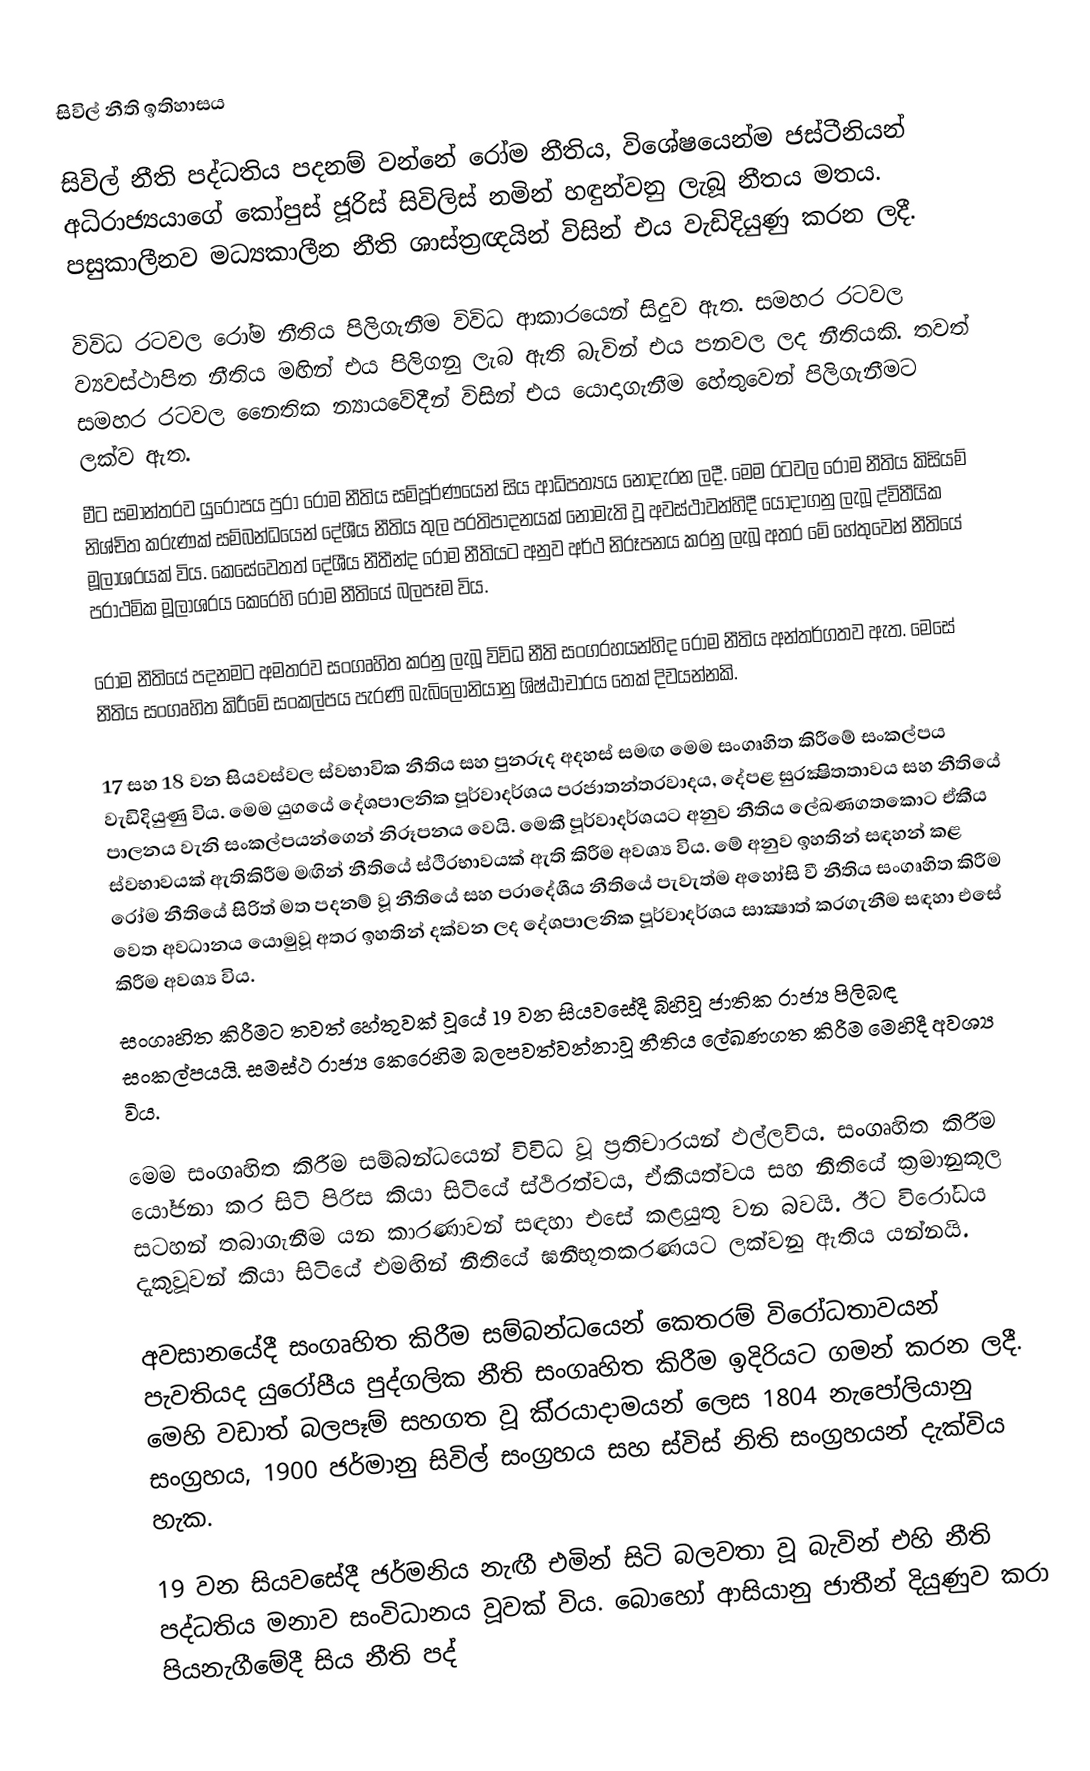
සිවිල් නීති ඉතිහාසය

සිවිල් නීති පද්ධතිය පදනම් වන්නේ රෝම නීතිය, විශේෂයෙන්ම ජස්ටීනියන් අධිරාජ්‍යයාගේ කෝපුස් ජූරිස් සිවිලිස් නමින් හඳුන්වනු ලැබූ නීතය මතය. පසුකාලීනව මධ්‍යකාලීන නීති ශාස්ත‍්‍රඥයින් විසින් එය වැඩිදියුණු කරන ලදී.

විවිධ රටවල රෝම නීතිය පිලිගැනීම විවිධ ආකාරයෙන් සිදුව ඇත. සමහර රටවල ව්‍යවස්ථාපිත නීතිය මඟින් එය පිලිගනු ලැබ ඇති බැවින් එය පනවල ලද නීතියකි. තවත් සමහර රටවල නෛතික න්‍යායවේදීන් විසින් එය යොදාගැනීම හේතුවෙන් පිලිගැනීමට ලක්ව ඇත.
මීට සමාන්තරව යුරෝපය පුරා රෝම නීතිය සම්පූර්ණයෙන් සිය ආධිපත්‍යය නොදැරන ලදී. මෙම රටවල රෝම නීතිය කිසියම් නිශ්චිත කරුණක් සම්බන්ධයෙන් දේශීය නීතිය තුල ප‍්‍රතිපාදනයක් නොමැති වූ අවස්ථාවන්හිදී යොදාගනු ලැබූ ද්විතීයික මූලාශ‍්‍රයක් විය. කෙසේවෙතත් දේශීය නීතීන්ද රෝම නීතියට අනුව අර්ථ නිරූපනය කරනු ලැබූ අතර මේ හේතුවෙන් නීතියේ ප‍්‍රාථමික මූලාශ‍්‍රය කෙරෙහි රෝම නීතියේ බලපෑම විය.

රෝම නීතියේ පදනමට අමතරව සංගෘහිත කරනු ලැබූ විවිධ නීති සංග‍්‍රහයන්හිද රෝම නීතිය අන්තර්ගතව ඇත. මෙසේ නීතිය සංගෘහිත කිරීමේ සංකල්පය පැරණි බැබිලෝනියානු ශිෂ්ඨාචාරය තෙක් දිවයන්නකි.

17 සහ 18 වන සියවස්වල ස්වභාවික නීතිය සහ පුනරුද අදහස් සමඟ මෙම සංගෘහිත කිරීමේ සංකල්පය වැඩිදියුණු විය. මෙම යුගයේ දේශපාලනික පූර්වාදර්ශය ප‍්‍රජාතන්ත‍්‍රවාදය, දේපළ සුරක්‍ෂිතතාවය සහ නීතියේ පාලනය වැනි සංකල්පයන්ගෙන් නිරූපනය වෙයි. මෙකී පූර්වාදර්ශයට අනුව නීතිය ලේඛණගතකොට ඒකීය ස්වභාවයක් ඇතිකිරීම මඟින් නීතියේ ස්ථිරභාවයක් ඇති කිරීම අවශ්‍ය විය. මේ අනුව ඉහතින් සඳහන් කළ රෝම නීතියේ සිරිත් මත පදනම් වූ නීතියේ සහ ප‍්‍රාදේශීය නීතියේ පැවැත්ම අහෝසි වී නීතිය සංගෘහිත කිරීම වෙත අවධානය යොමුවූ අතර ඉහතින් දක්වන ලද දේශපාලනික පූර්වාදර්ශය සාක්‍ෂාත් කරගැනීම සඳහා එසේ කිරීම අවශ්‍ය විය.
සංගෘහිත කිරීමට තවත් හේතුවක් වූයේ 19 වන සියවසේදී බිහිවූ ජාතික රාජ්‍ය පිලිබඳ සංකල්පයයි. සමස්ථ රාජ්‍ය කෙරෙහිම බලපවත්වන්නාවූ නීතිය ලේඛණගත කිරීම මෙහිදී අවශ්‍ය විය.

මෙම සංගෘහිත කිරීම සම්බන්ධයෙන් විවිධ වූ ප‍්‍රතිචාරයන් ඵල්ලවිය. සංගෘහිත කිරීම යෝජනා කර සිටි පිරිස කියා සිටියේ ස්ථිරත්වය, ඒකීයත්වය සහ නීතියේ ක‍්‍රමානුකූල සටහන් තබාගැනීම යන කාරණාවන් සඳහා එසේ කළයුතු වන බවයි. ඊට විරෝධය දැකුවූවන් කියා සිටියේ එමඟින් නීතියේ ඝනීභූතකරණයට ලක්වනු ඇතිය යන්නයි.

අවසානයේදී සංගෘහිත කිරීම සම්බන්ධයෙන් කෙතරම් විරෝධතාවයන් පැවතියද යුරෝපීය පුද්ගලික නීති සංගෘහිත කිරීම ඉදිරියට ගමන් කරන ලදී. මෙහි වඩාත් බලපෑම් සහගත වූ කි‍්‍රයාදාමයන් ලෙස 1804 නැපෝලියානු සංග‍්‍රහය, 1900 ජර්මානු සිවිල් සංග‍්‍රහය සහ ස්විස් නිති සංග‍්‍රහයන් දැක්විය හැක.

19 වන සියවසේදී ජර්මනිය නැඟී එමින් සිටි බලවතා වූ බැවින් එහි නීති පද්ධතිය මනාව සංවිධානය වූවක් විය. බොහෝ ආසියානු ජාතීන් දියුණුව කරා පියනැගීමේදී සිය නීති පද්